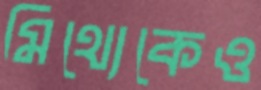
মিথ্যেকেও